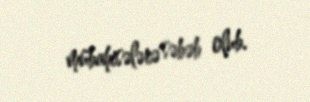
mübahisələrə səbəb olub.